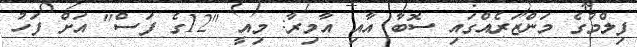
ފިލްމުގެ މަންޒަރެއްގައި ސޮބާ އާއި އާމިރާ: މިއީ "12ގެ ފަސް" އަށް ފަހު